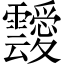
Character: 靉